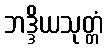
ဘဒ္ဒိယသုတ္တံ